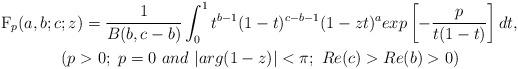
LaTeX: \begin{align*} {}_{}\textrm{F}_{p}(a,b;c&;z)= \frac{1}{B(b, c-b)} \int_{0}^{1} t^{b-1} (1-t)^{c-b-1}(1-zt)^{a}exp\left[-\frac{p}{t(1-t)}\right] dt,& \\ &(p>0 ;\ p=0 \ and \ |arg(1-z)|<\pi ;\ Re(c)>Re(b)>0)&\end{align*}